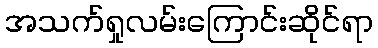
အသက်ရှုလမ်းကြောင်းဆိုင်ရာ